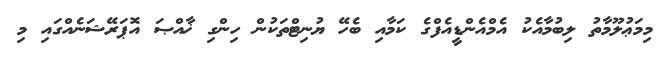
މިމަޢުލޫމާތު ލިބުމާއެކު އެމްއެންޑީއެފްގެ ކަމާއި ބެހޭ ޔުނިޓްތަކުން ހިންގި ޚާއްޞަ އޮޕަރޭޝަނެއްގައި މި